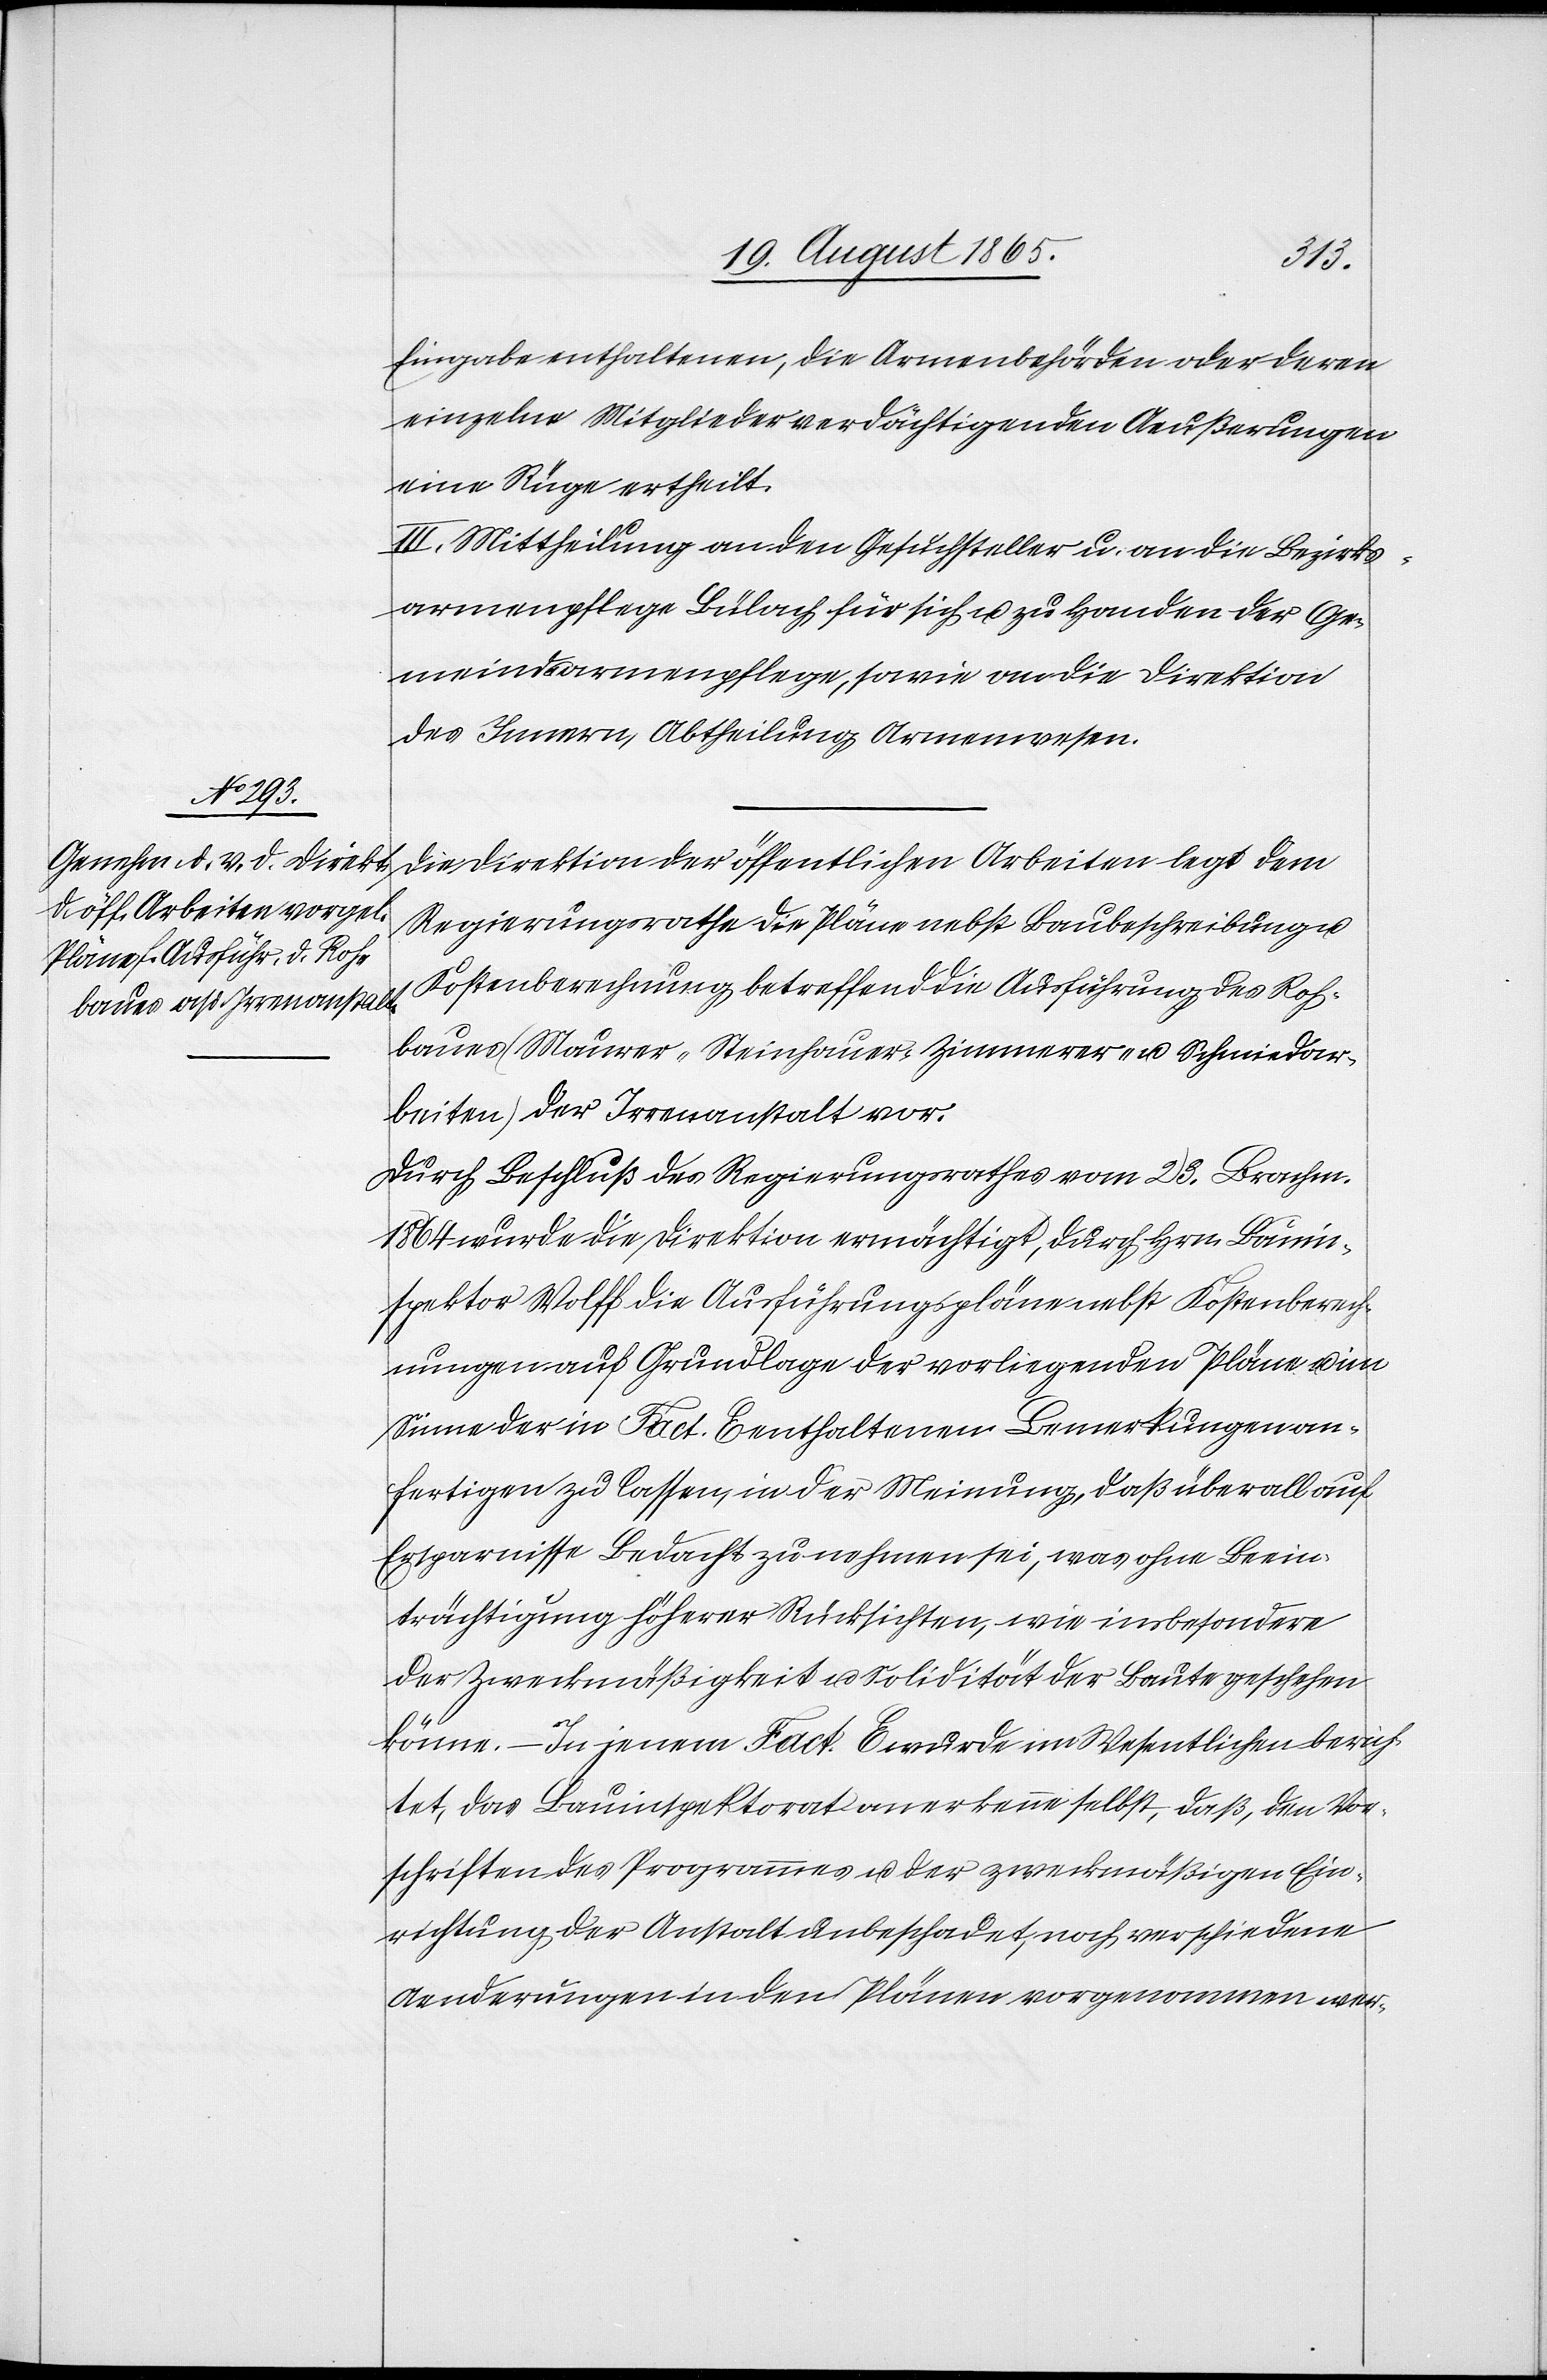
der
Eingabe enthaltenen, die Armenbehörden oder deren
einzelne Mitglieder verdächtigenden Aeußerungen
eine Rüge ertheilt.
III. Mittheilung an den Gesuchsteller u. an die Bezirks¬
armenpflege Bülach für sich u. zu Handen der Ge¬
meindsarmenpflege, sowie an die Direktion
des Innern, Abtheilung Armenwesen.
Regierungsrathe die Pläne nebst Baubeschreibung u.
Kostenberechnung betreffend die Ausführung des Roh¬
baues (Maurer-[,] Steinhauer-[,] Zimmerer-[,] u. Schmiedar¬
beiten) der Irrenanstalt vor.
Durch Beschluß des Regierungsrathes vom 23. Brachm.
1864 wurde die Direktion ermächtigt, durch Hrn. Bauin¬
spektor Wolff die Ausführungspläne nebst Kostenberech¬
nungen auf Grundlage der vorliegenden Pläne u. im
Sinne der in Fact. E enthaltenen Bemerkungen an¬
fertigen zu lassen, in der Meinung, daß überall auf
Ersparnisse Bedacht zu nehmen sei, was ohne Beein¬
trächtigung höherer Rücksichten, wie insbesondere
der Zweckmäßigkeit u. Solidität der Baute geschehen
könne. – In jenem Fact. E wurde im Wesentlichen berich¬
tet, das Bauinspektorat anerkenne selbst, daß, den Vor¬
schriften des Programmes u. der zweckmäßigen Ein¬
richtung der Anstalt unbeschadet, noch verschiedene
Aenderungen in den Plänen vorgenommen wer-